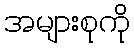
အများစုကို